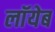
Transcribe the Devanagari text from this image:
लाॅयेब